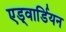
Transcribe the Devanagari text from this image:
एड्वार्डियन